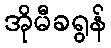
အိုမီခရွန်